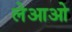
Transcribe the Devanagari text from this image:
लेआओ